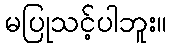
မပြုသင့်ပါဘူး။